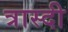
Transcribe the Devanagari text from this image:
त्रास्दी